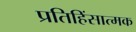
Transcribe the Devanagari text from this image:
प्रतिहिंसात्मक